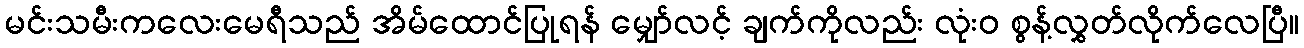
မင်းသမီးကလေးမေရီသည် အိမ်ထောင်ပြုရန် မျှော်လင့် ချက်ကိုလည်း လုံးဝ စွန့်လွှတ်လိုက်လေပြီ။